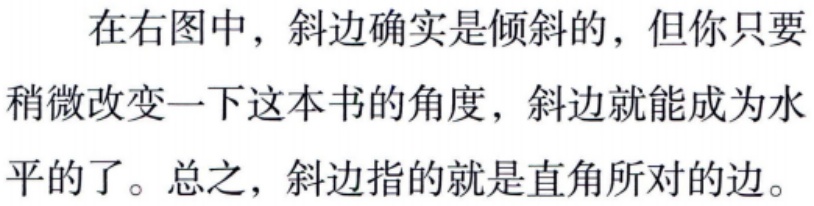
在右图中，斜边确实是倾斜的，但你只要稍微改变一下这本书的角度，斜边就能成为水平的了。总之，斜边指的就是直角所对的边。